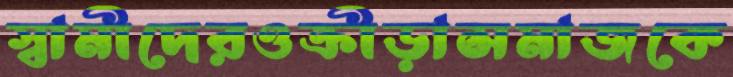
স্বামীদেরওক্রীড়াসমাজকে